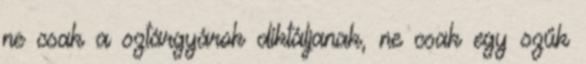
ne csak a sztárgyárok diktáljanak, ne csak egy szűk